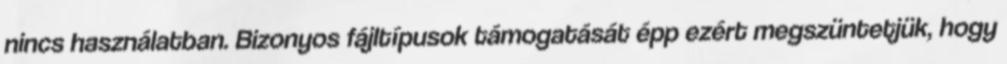
nincs használatban. Bizonyos fájltípusok támogatását épp ezért megszüntetjük, hogy